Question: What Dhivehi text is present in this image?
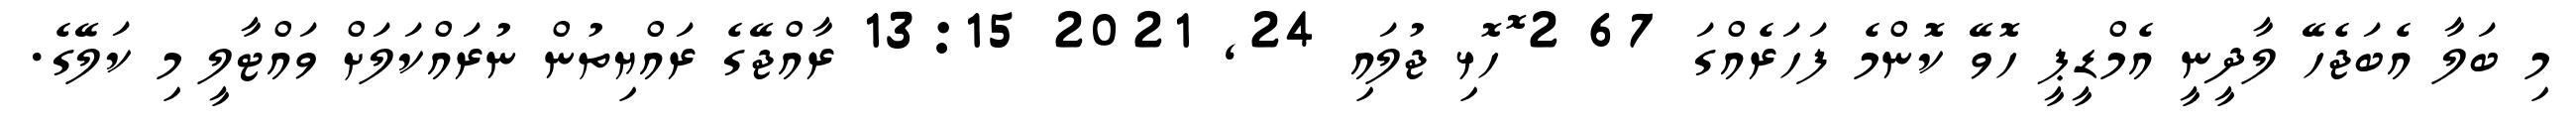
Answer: މި ބަލާ އެބަޖެހޭ ލާދީނީ އެމްޑީޕީ ހޮވޭ ކޮންމެ ފަހަރެއްގަ 67 2 ޮހޮޅި ޖުލައި 24, 2021 13:15 ރާއްޖޭގެ ރައްޔިތުން ނުރައްކަލަށް ވައްޓާލީ މި ކަލޭގެ.